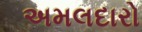
અમલદારો